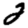
Digit: 2